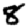
Digit: 8